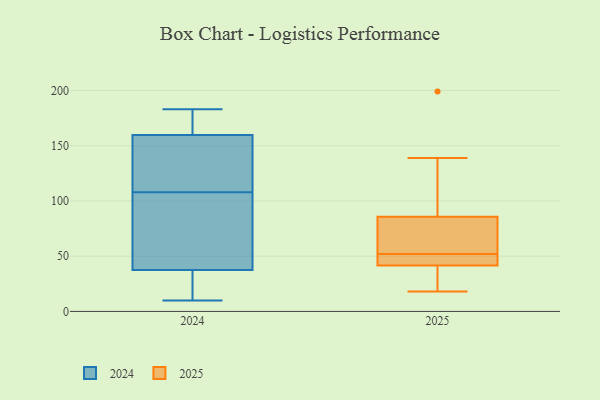
{"axis": {"x": "Humidity (%)", "y": "Value"}, "legend": ["2024", "2025"], "data": [{"x": "", "y": 75, "type": "2025"}, {"x": "", "y": 45, "type": "2025"}, {"x": "", "y": 129, "type": "2025"}, {"x": "", "y": 29, "type": "2025"}, {"x": "", "y": 51, "type": "2025"}, {"x": "", "y": 18, "type": "2025"}, {"x": "", "y": 83, "type": "2025"}, {"x": "", "y": 94, "type": "2025"}, {"x": "", "y": 42, "type": "2025"}, {"x": "", "y": 66, "type": "2025"}, {"x": "", "y": 40, "type": "2025"}, {"x": "", "y": 45, "type": "2025"}, {"x": "", "y": 54, "type": "2025"}, {"x": "", "y": 52, "type": "2025"}, {"x": "", "y": 36, "type": "2025"}, {"x": "", "y": 139, "type": "2025"}, {"x": "", "y": 199, "type": "2025"}, {"x": "", "y": 40, "type": "2024"}, {"x": "", "y": 128, "type": "2024"}, {"x": "", "y": 159, "type": "2024"}, {"x": "", "y": 183, "type": "2024"}, {"x": "", "y": 11, "type": "2024"}, {"x": "", "y": 30, "type": "2024"}, {"x": "", "y": 162, "type": "2024"}, {"x": "", "y": 108, "type": "2024"}, {"x": "", "y": 142, "type": "2024"}, {"x": "", "y": 143, "type": "2024"}, {"x": "", "y": 80, "type": "2024"}, {"x": "", "y": 74, "type": "2024"}, {"x": "", "y": 10, "type": "2024"}, {"x": "", "y": 174, "type": "2024"}, {"x": "", "y": 25, "type": "2024"}, {"x": "", "y": 79, "type": "2024"}, {"x": "", "y": 169, "type": "2024"}]}